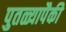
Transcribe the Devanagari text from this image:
पुतळ्यापैकी